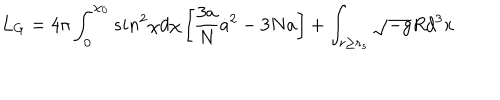
LaTeX: L _ { G } = 4 \pi \int _ { 0 } ^ { \chi _ { 0 } } s i n ^ { 2 } \chi d \chi \left[ \frac { 3 a } { N } { \dot { a } } ^ { 2 } - 3 N a \right] + \int _ { r \geq r _ { s } } \sqrt { - g } R d ^ { 3 } x